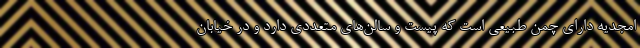
امجدیه دارای چمن طبیعی است که پیست و سالن‌های متعددی دارد و در خیابان